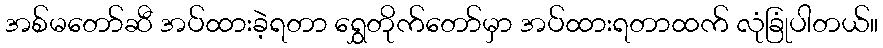
အစ်မတော်ဆီ အပ်ထားခဲ့ရတာ ရွှေတိုက်တော်မှာ အပ်ထားရတာထက် လုံခြုံပါတယ်။